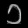
Digit: ၁